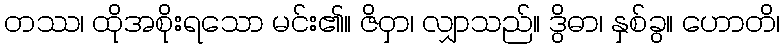
တဿ၊ ထိုအစိုးရသော မင်း၏။ ဇိဝှာ၊ လျှာသည်။ ဒွိဓာ၊ နှစ်ခွ။ ဟောတိ၊